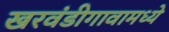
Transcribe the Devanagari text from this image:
खरवंडीगावामध्ये